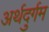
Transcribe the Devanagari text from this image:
अर्थदुर्गम